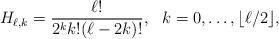
LaTeX: \begin{align*}H_{\ell,k}=\frac{\ell!}{2^kk!(\ell-2k)!}, \ \ k=0,\ldots,\lfloor \ell/2\rfloor,\end{align*}